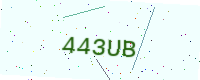
Text: 443UB